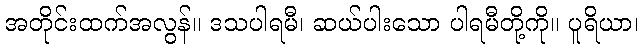
အတိုင်းထက်အလွန်။ ဒသပါရမီ၊ ဆယ်ပါးသော ပါရမီတို့ကို။ ပူရိယာ၊